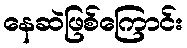
နေဆဲဖြစ်ကြောင်း